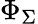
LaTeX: \Phi_{\Sigma}